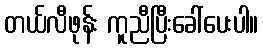
တယ်လီဖုန်း ကူညီပြီးခေါ်ပေးပါ။